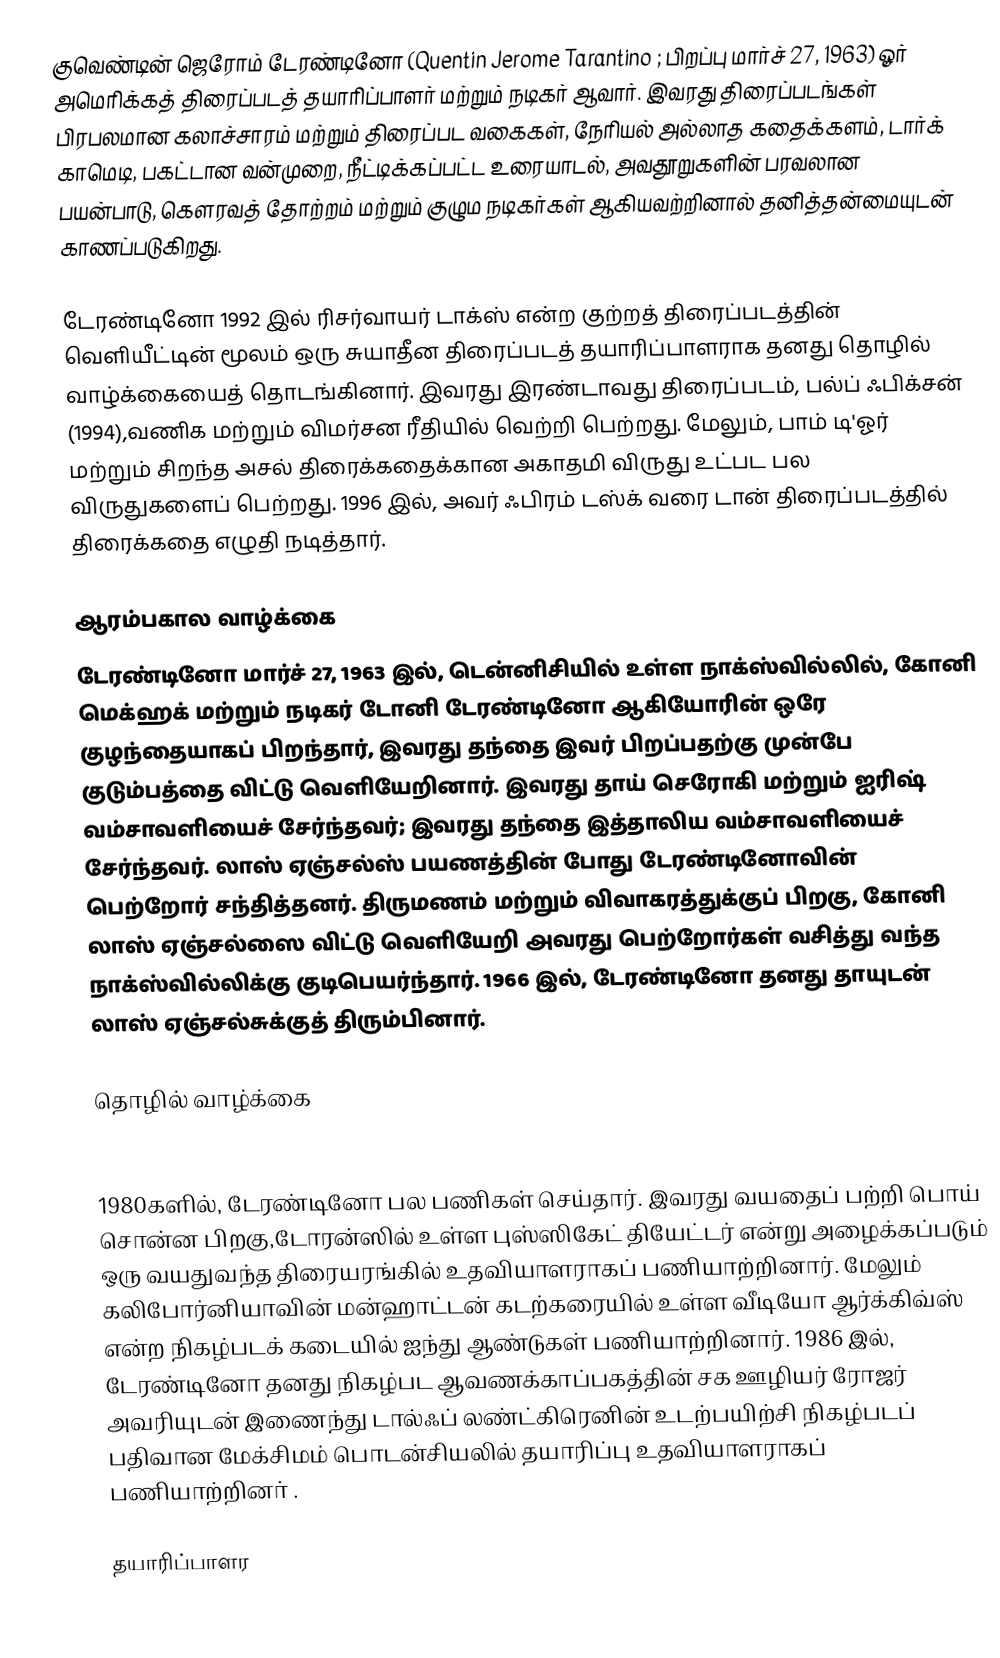
குவெண்டின் ஜெரோம் டேரண்டினோ (Quentin Jerome Tarantino ; பிறப்பு மார்ச் 27, 1963)  ஓர் அமெரிக்கத் திரைப்படத் தயாரிப்பாளர் மற்றும் நடிகர் ஆவார். இவரது திரைப்படங்கள் பிரபலமான கலாச்சாரம் மற்றும் திரைப்பட வகைகள், நேரியல் அல்லாத கதைக்களம், டார்க் காமெடி, பகட்டான வன்முறை, நீட்டிக்கப்பட்ட உரையாடல், அவதூறுகளின் பரவலான பயன்பாடு, கௌரவத் தோற்றம் மற்றும் குழும நடிகர்கள் ஆகியவற்றினால் தனித்தன்மையுடன் காணப்படுகிறது.

டேரண்டினோ 1992 இல் ரிசர்வாயர் டாக்ஸ் என்ற குற்றத் திரைப்படத்தின் வெளியீட்டின் மூலம் ஒரு சுயாதீன திரைப்படத் தயாரிப்பாளராக தனது தொழில் வாழ்க்கையைத் தொடங்கினார். இவரது இரண்டாவது திரைப்படம், பல்ப் ஃபிக்சன் (1994),வணிக மற்றும் விமர்சன ரீதியில் வெற்றி பெற்றது. மேலும், பாம் டி'ஓர் மற்றும் சிறந்த அசல் திரைக்கதைக்கான அகாதமி விருது உட்பட பல விருதுகளைப் பெற்றது. 1996 இல், அவர் ஃபிரம் டஸ்க் வரை டான் திரைப்படத்தில்  திரைக்கதை எழுதி நடித்தார்.

ஆரம்பகால வாழ்க்கை
டேரண்டினோ மார்ச் 27, 1963 இல், டென்னிசியில் உள்ள நாக்ஸ்வில்லில், கோனி மெக்ஹக் மற்றும் நடிகர் டோனி டேரண்டினோ ஆகியோரின் ஒரே குழந்தையாகப் பிறந்தார், இவரது தந்தை இவர் பிறப்பதற்கு முன்பே குடும்பத்தை விட்டு வெளியேறினார்.   இவரது தாய் செரோகி மற்றும் ஐரிஷ் வம்சாவளியைச் சேர்ந்தவர்; இவரது தந்தை இத்தாலிய வம்சாவளியைச் சேர்ந்தவர்.   லாஸ் ஏஞ்சல்ஸ் பயணத்தின் போது டேரண்டினோவின் பெற்றோர் சந்தித்தனர். திருமணம் மற்றும் விவாகரத்துக்குப் பிறகு, கோனி லாஸ் ஏஞ்சல்ஸை விட்டு வெளியேறி அவரது பெற்றோர்கள் வசித்து வந்த நாக்ஸ்வில்லிக்கு குடிபெயர்ந்தார். 1966 இல், டேரண்டினோ தனது தாயுடன் லாஸ் ஏஞ்சல்சுக்குத் திரும்பினார்.

தொழில் வாழ்க்கை

1980
1980களில், டேரண்டினோ பல பணிகள் செய்தார். இவரது வயதைப் பற்றி பொய் சொன்ன பிறகு,டோரன்ஸில் உள்ள புஸ்ஸிகேட் தியேட்டர் என்று அழைக்கப்படும் ஒரு வயதுவந்த திரையரங்கில் உதவியாளராகப் பணியாற்றினார்.  மேலும் கலிபோர்னியாவின் மன்ஹாட்டன் கடற்கரையில் உள்ள வீடியோ ஆர்க்கிவ்ஸ் என்ற நிகழ்படக் கடையில் ஐந்து ஆண்டுகள் பணியாற்றினார்.  1986 இல், டேரண்டினோ தனது நிகழ்பட ஆவணக்காப்பகத்தின் சக ஊழியர் ரோஜர் அவரியுடன் இணைந்து டால்ஃப் லண்ட்கிரெனின் உடற்பயிற்சி நிகழ்படப் பதிவான மேக்சிமம் பொடன்சியலில் தயாரிப்பு உதவியாளராகப் பணியாற்றினா் .

தயாரிப்பாளர